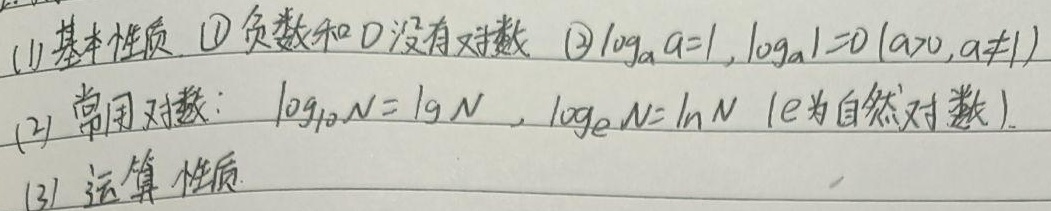
(1)基本性质
\textcircled{1}负数和0没有对数
\textcircled{2}\(\log_aa = 1,\log_a1 = 0\ (a>0,a\neq1)\)
(2)常用对数：\(\log_{10}N = \lg N,\log_eN = \ln N\) (e为自然对数).
(3)运算性质